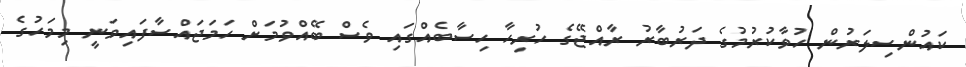
ކައުންސިލަރުން ހުވާކުރުމުގެ ދަރުބާރު ރާއްޖޭގެ ހުރިހާ ހިސާބެއްގައި ވެސް ބޭއްވުމަށް ހަމަޖައްސާފައިވަނީ މިމަހުގެ